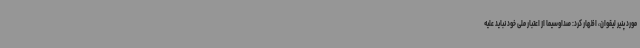
مورد پنیر لیقوان، اظهار کرد: صداوسیما از اعتبار ملی خود نباید علیه